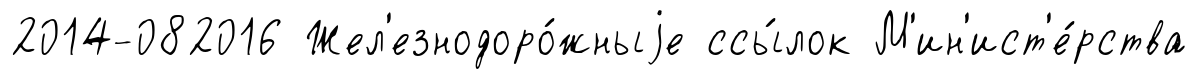
2014-082016 Жел'езнодоро́жныjе ссы́лок М'ин'ист'е́рства